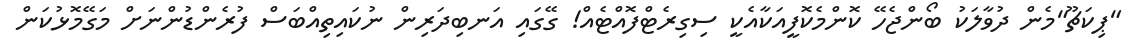
"ޕިކަޗޫ"މެން ދުވާލަކު ބޯންޖެހޭ ކޮންމެކޮފީއަކާއެކީ ސިގިރެޓްފޮއްޓެއް! ގޭގައި އަނބިދަރިން ނުކައިތިއްބަސް ފުރެންޑުންނަށް މަގޭމޮޅުކަން